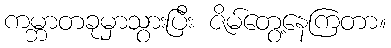
ကမ္ဘာတခုမှာသွားပြီး ဇိမ်တွေ့နေကြတာ။